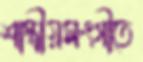
শাস্ত্রীয়সংগীতে